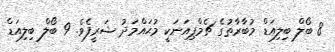
8 ބޯލް ބިލިއަޑް މުބާރާތުގެ ޗެމްޕިއަނަކީ މުޙައްމަދު ޝަރީފެވެ. 9 ބޯލް ބިލިއަޑް